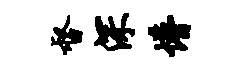
督深懵